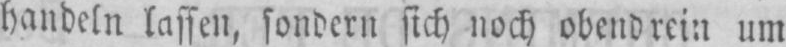
handeln lassen, sondern sich noch obendrein um